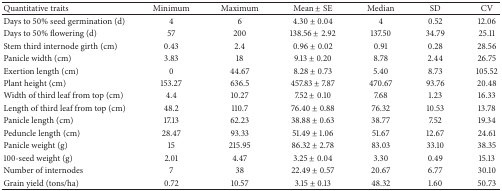
| Quantitative traits | Minimum | Maximum | Mean ± SE | Median | SD | CV |
 | --- | --- | --- | --- | --- | --- | --- |
 | Days to 50% seed germination (d) | 4 | 6 | 4.30 ± 0.04 | 4 | 0.52 | 12.06 |
 | Days to 50% flowering (d) | 57 | 200 | 138.56 ± 2.92 | 137.50 | 34.79 | 25.11 |
 | Stem third internode girth (cm) | 0.43 | 2.4 | 0.96 ± 0.02 | 0.91 | 0.28 | 28.56 |
 | Panicle width (cm) | 3.83 | 18 | 9.13 ± 0.20 | 8.78 | 2.44 | 26.75 |
 | Exertion length (cm) | 0 | 44.67 | 8.28 ± 0.73 | 5.40 | 8.73 | 105.52 |
 | Plant height (cm) | 153.27 | 636.5 | 457.83 ± 7.87 | 470.67 | 93.76 | 20.48 |
 | Width of third leaf from top (cm) | 4.4 | 10.27 | 7.52 ± 0.10 | 7.68 | 1.23 | 16.33 |
 | Length of third leaf from top (cm) | 48.2 | 110.7 | 76.40 ± 0.88 | 76.32 | 10.53 | 13.78 |
 | Panicle length (cm) | 17.13 | 62.23 | 38.88 ± 0.63 | 38.77 | 7.52 | 19.34 |
 | Peduncle length (cm) | 28.47 | 93.33 | 51.49 ± 1.06 | 51.67 | 12.67 | 24.61 |
 | Panicle weight (g) | 15 | 215.95 | 86.32 ± 2.78 | 83.03 | 33.10 | 38.35 |
 | 100-seed weight (g) | 2.01 | 4.47 | 3.25 ± 0.04 | 3.30 | 0.49 | 15.13 |
 | Number of internodes | 7 | 38 | 22.49 ± 0.57 | 20.67 | 6.77 | 30.10 |
 | Grain yield (tons/ha) | 0.72 | 10.57 | 3.15 ± 0.13 | 48.32 | 1.60 | 50.73 |